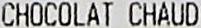
CHOCOLAT CHAUD